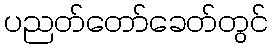
ပညတ်တော်ခေတ်တွင်